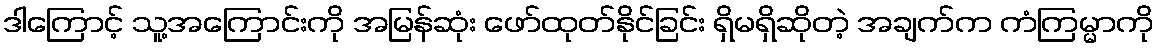
ဒါကြောင့် သူ့အကြောင်းကို အမြန်ဆုံး ဖော်ထုတ်နိုင်ခြင်း ရှိမရှိဆိုတဲ့ အချက်က ကံကြမ္မာကို